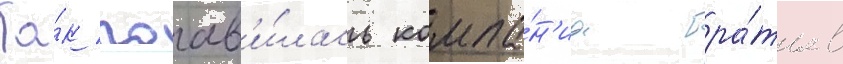
Та́к поав'и́лась компа́н'иа бра́тьев